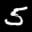
Label: 5